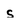
Character: s